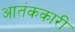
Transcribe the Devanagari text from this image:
आतंककारी